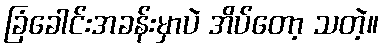
ခြံခေါင်းအခန်းမှာပဲ အိပ်တော့ သတဲ့။